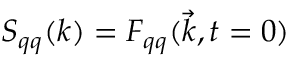
S _ { q q } ( k ) = F _ { q q } ( \vec { k } , t = 0 )